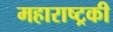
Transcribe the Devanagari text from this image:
महाराष्ट्रकी